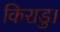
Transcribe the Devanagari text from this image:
किराडु।